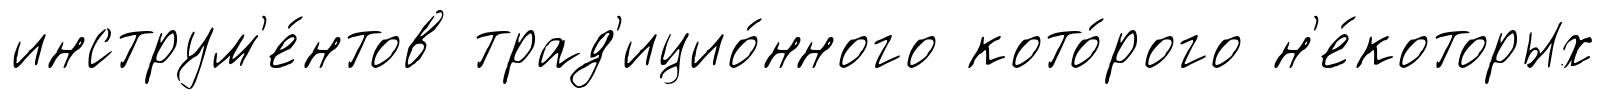
инструм'е́нтов трад'ицио́нного кото́рого н'е́которых